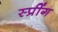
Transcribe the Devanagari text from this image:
स्प्रींग